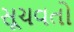
સૂચવતો